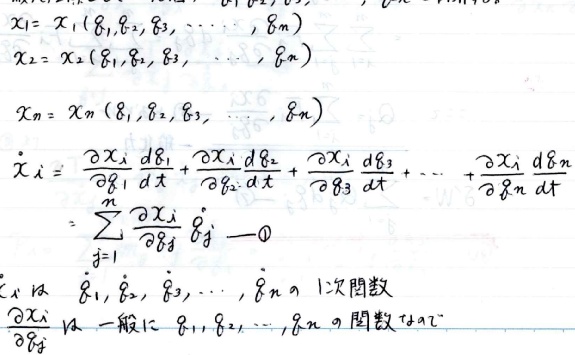
\begin{align*}
x_1&=x_1(\theta_1,\theta_2,\theta_3,\cdots,\theta_m)\\
x_2&=x_2(\theta_1,\theta_2,\theta_3,\cdots,\theta_m)\\
x_n&=x_n(\theta_1,\theta_2,\theta_3,\cdots,\theta_m)\\
\dot{x}_i&=\frac{\partial x_i}{\partial \theta_1}\frac{d\theta_1}{dt}+\frac{\partial x_i}{\partial \theta_2}\frac{d\theta_2}{dt}+\frac{\partial x_i}{\partial \theta_3}\frac{d\theta_3}{dt}+\cdots+\frac{\partial x_i}{\partial \theta_n}\frac{d\theta_n}{dt}\\
&=\sum_{j = 1}^{n}\frac{\partial x_i}{\partial \theta_j}\dot{\theta}_j \quad \text{—\textcircled{1}}\\
\dot{x}_i&\text{は }\dot{\theta}_1,\dot{\theta}_2,\dot{\theta}_3,\cdots,\dot{\theta}_n\text{ の 1次関数}\\
\frac{\partial x_i}{\partial \theta_j}&\text{は 一般に }\theta_1,\theta_2,\cdots,\theta_n\text{ の関数である}
\end{align*}